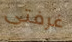
غرفتى